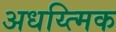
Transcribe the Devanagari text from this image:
अधय्त्मिक